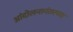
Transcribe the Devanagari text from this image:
आंदोलनानंतरच्या